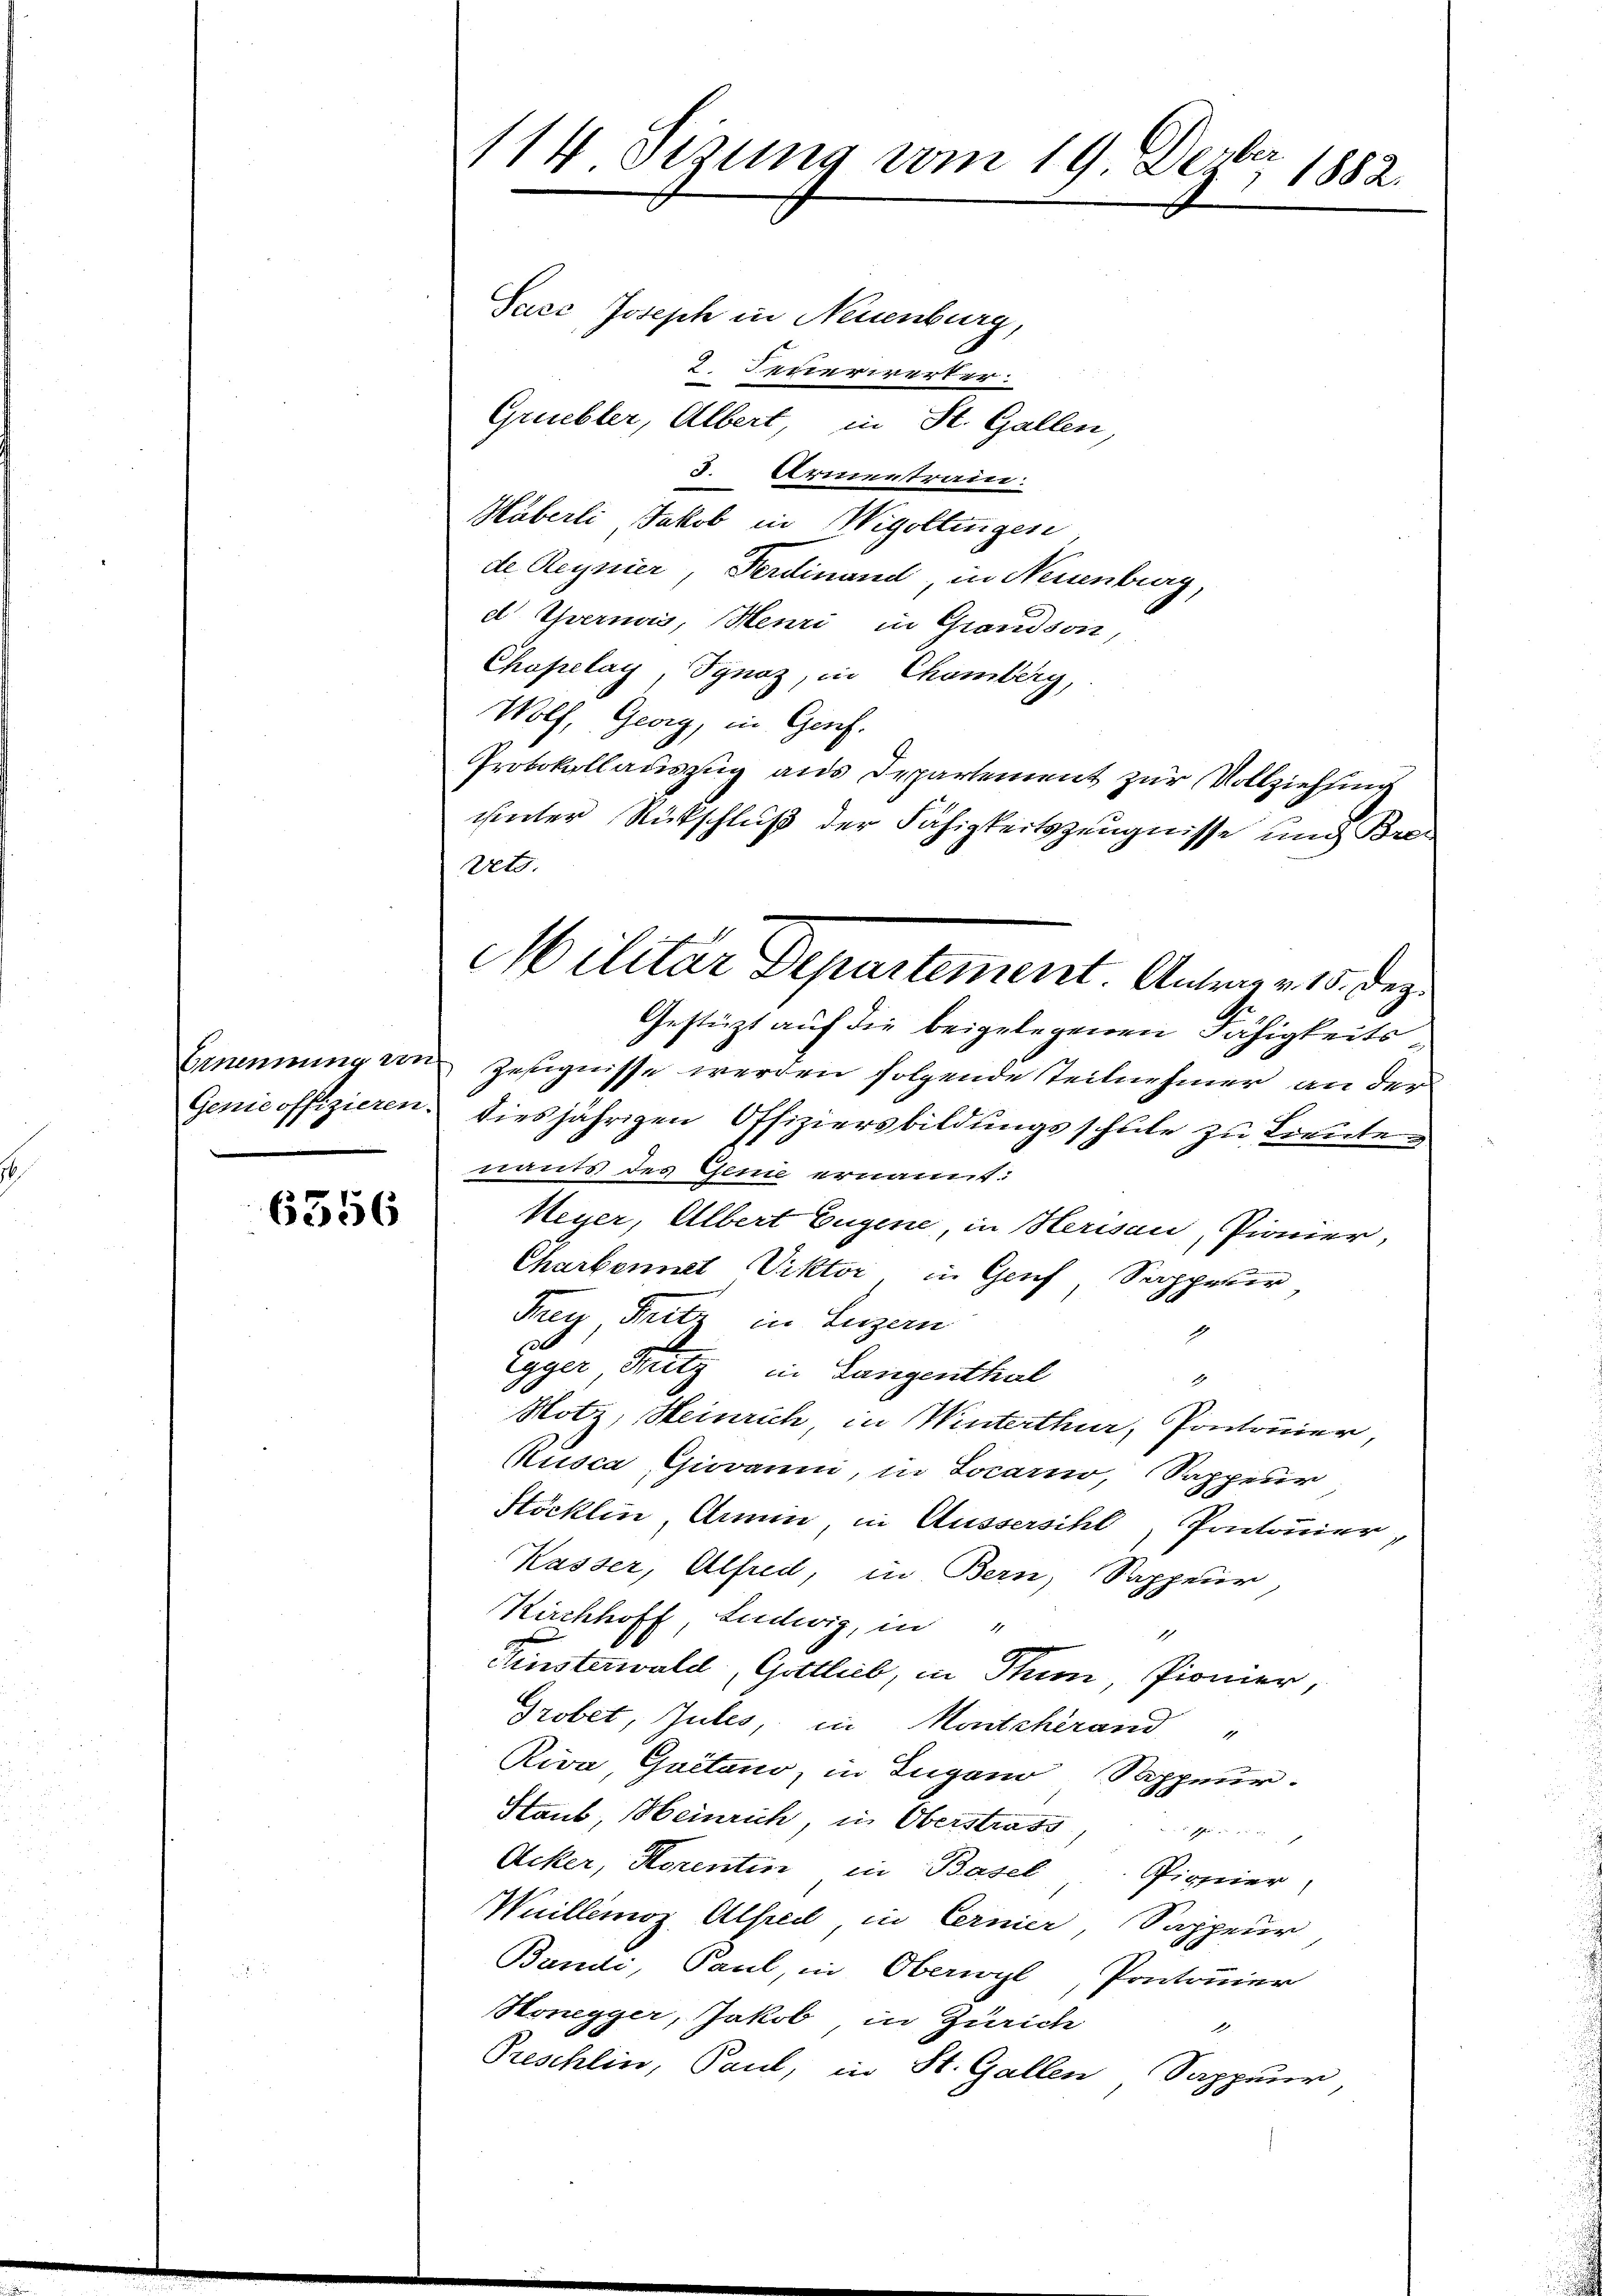
6556

Pace Joseph in Neuenburg,
2. Feuerwerter.
Gruebler, Albert, in St. Gallen,
3. Armentraten.
Häberli, Jakob in Wigollingen
de Regnier, Ferdinand, in Neuenburg,
d Yvernas, Henri in Grandson,
Chapelay, Synoz, in Chamberg,
Wolf, Georg, in Genf.
Protokollauszug aus Departement zur Vollziehung
ihinter Rückschluß der Fähigkeitszeugnisse und Brei
rets.
Gestüzt auf die beigelegenen Fähigkeits¬
Ernennung von Zeugnisse werden folgende Teilnehmer an der
Genie offizieren, diesjährigen Offiziersbildungsschlite zu Lieute
nants des Genie ernannt.
Heyer, Albert Eugene, in Herisau, Pionier,
Charbennet Viktor, in Genf, Sappeler
Frey Fritz in Luzern
Egger, Pritz in Langenthal
1
Hotz, Heinrich, in Winterthur, Pontouier,
Musca, Giovann, in Locarno, Sappeur
Stöcklin, Armin in Äussersihl, Pontonier,
Kasser, Alfred, in Bern, Sappeur,
Kirchhoff, Ludwig, in
1
Finsterwald, Gottlieb, in Thun, Pionier,
Grobet, Jules, in Montchérand "
Riva, Quitano, in Zugano Sappeur.
Staub, Heinrich, in Oberstrass
Acker, Horentin in Basel Pionier,
Wuillemoz, Alfred, in Cernier, Sappeur
Bandi, Paul, in Oberwyl, Pontonier
Honegger, Jakob in Zürich
.
Preschlin, Paul, in St. Gallen Sappeur,

14 sezung vom 19. Dezbr. 1882.

Militar Departement. Antrag v. 15. Deze